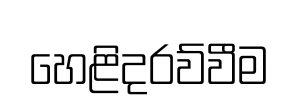
හෙළිදරව්වීම